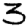
Digit: 3